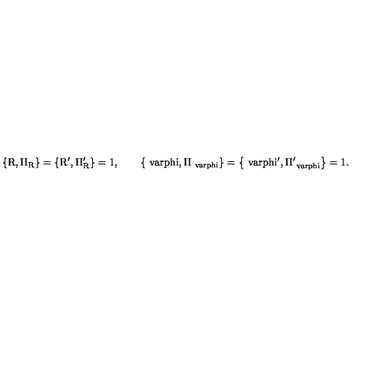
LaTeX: \mathrm { \left\{ R , \Pi _ { R } \right\} = \left\{ R ^ { \prime } , \Pi _ { R } ^ { \prime } \right\} = 1 , \qquad \left\{ \ v a r p h i , \Pi _ { \ v a r p h i } \right\} = \left\{ \ v a r p h i ^ { \prime } , \Pi _ { \ v a r p h i } ^ { \prime } \right\} = 1 . }